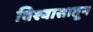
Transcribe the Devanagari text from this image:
विश्वासातून